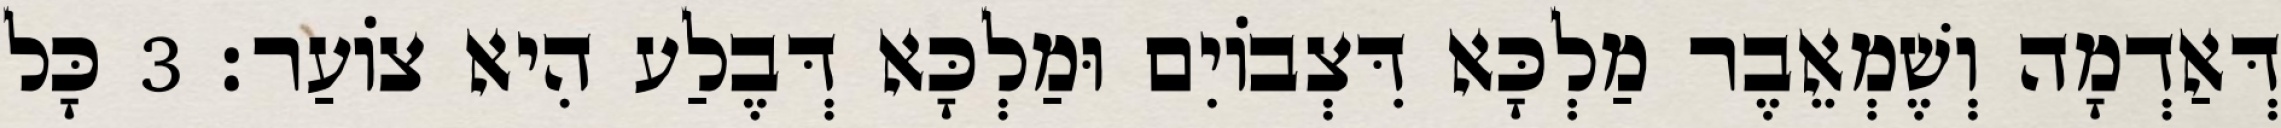
דְּאַדְמָה וְשֶׁמְאֵבֶר מַלְכָּא דִּצְבוֹיִם וּמַלְכָּא דְּבֶלַע הִיא צוֹעַר׃ 3 כָּל